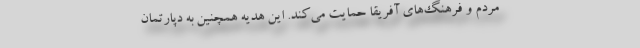
مردم و فرهنگ‌های آفریقا حمایت می‌کند. این هدیه همچنین به دپارتمان